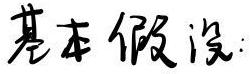
基本假设：